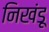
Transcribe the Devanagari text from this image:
निखंडू